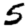
Digit: 5